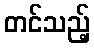
တင်သည့်